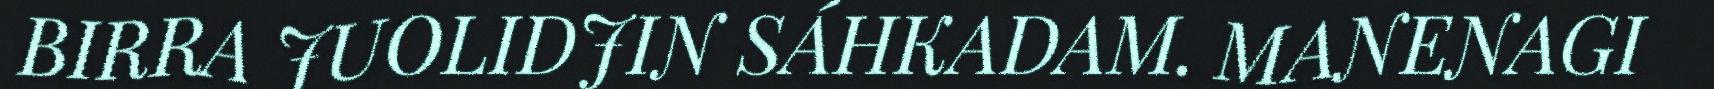
BIRRA JUOLIDJIN SÁHKADAM. MANENAGI